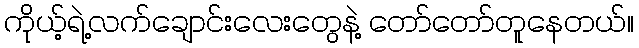
ကိုယ့်ရဲ့လက်ချောင်းလေးတွေနဲ့ တော်တော်တူနေတယ်။